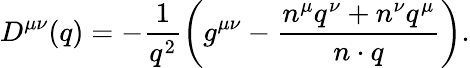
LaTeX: D^{\mu\nu}(q)=-\frac{1}{q^{2}}\left(g^{\mu\nu}-\frac{n^{\mu}q^{\nu}+n^{\nu}q^{\mu}}{n\cdot q}\right).